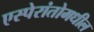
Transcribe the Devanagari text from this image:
एस्पेरांतोमधील